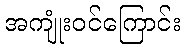
အကျုံးဝင်ကြောင်း